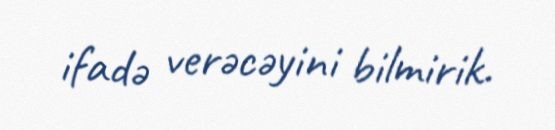
ifadə verəcəyini bilmirik.